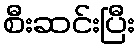
စီးဆင်းပြီး